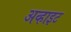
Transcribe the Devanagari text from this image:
अव्हाइट